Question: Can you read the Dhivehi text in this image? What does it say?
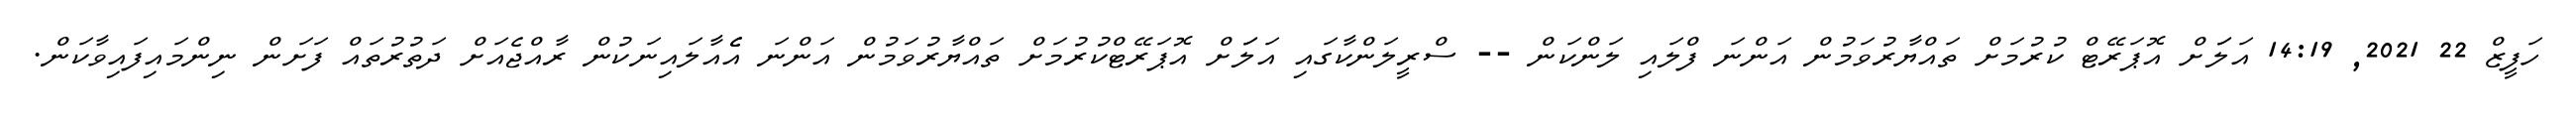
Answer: ހަފީޒް 22 2021, 14:19 އަލަަށް އޮޕަރޭޓް ކުރުމަށް ތައްޔާރުވަމުން އަންނަ ފްލައި ލަންކަން -- ސްރީލަންކާގައި އަލަަށް އޮޕަރޭޓްކުރުމަށް ތައްޔާރުވަމުން އަންނަ އެެއާލައިނަކުން ރާއްޖެއަށް ދަތުރުތައް ފަށަން ނިންމައިފައިވާކަން.